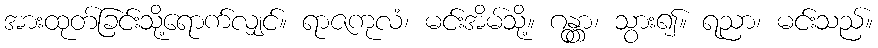
အားထုတ်ခြင်းသို့ရောက်လျှင်။ ရာဇကုလံ၊ မင်းအိမ်သို့။ ဂန္တွာ၊ သွား၍။ ရညာ၊ မင်းသည်။